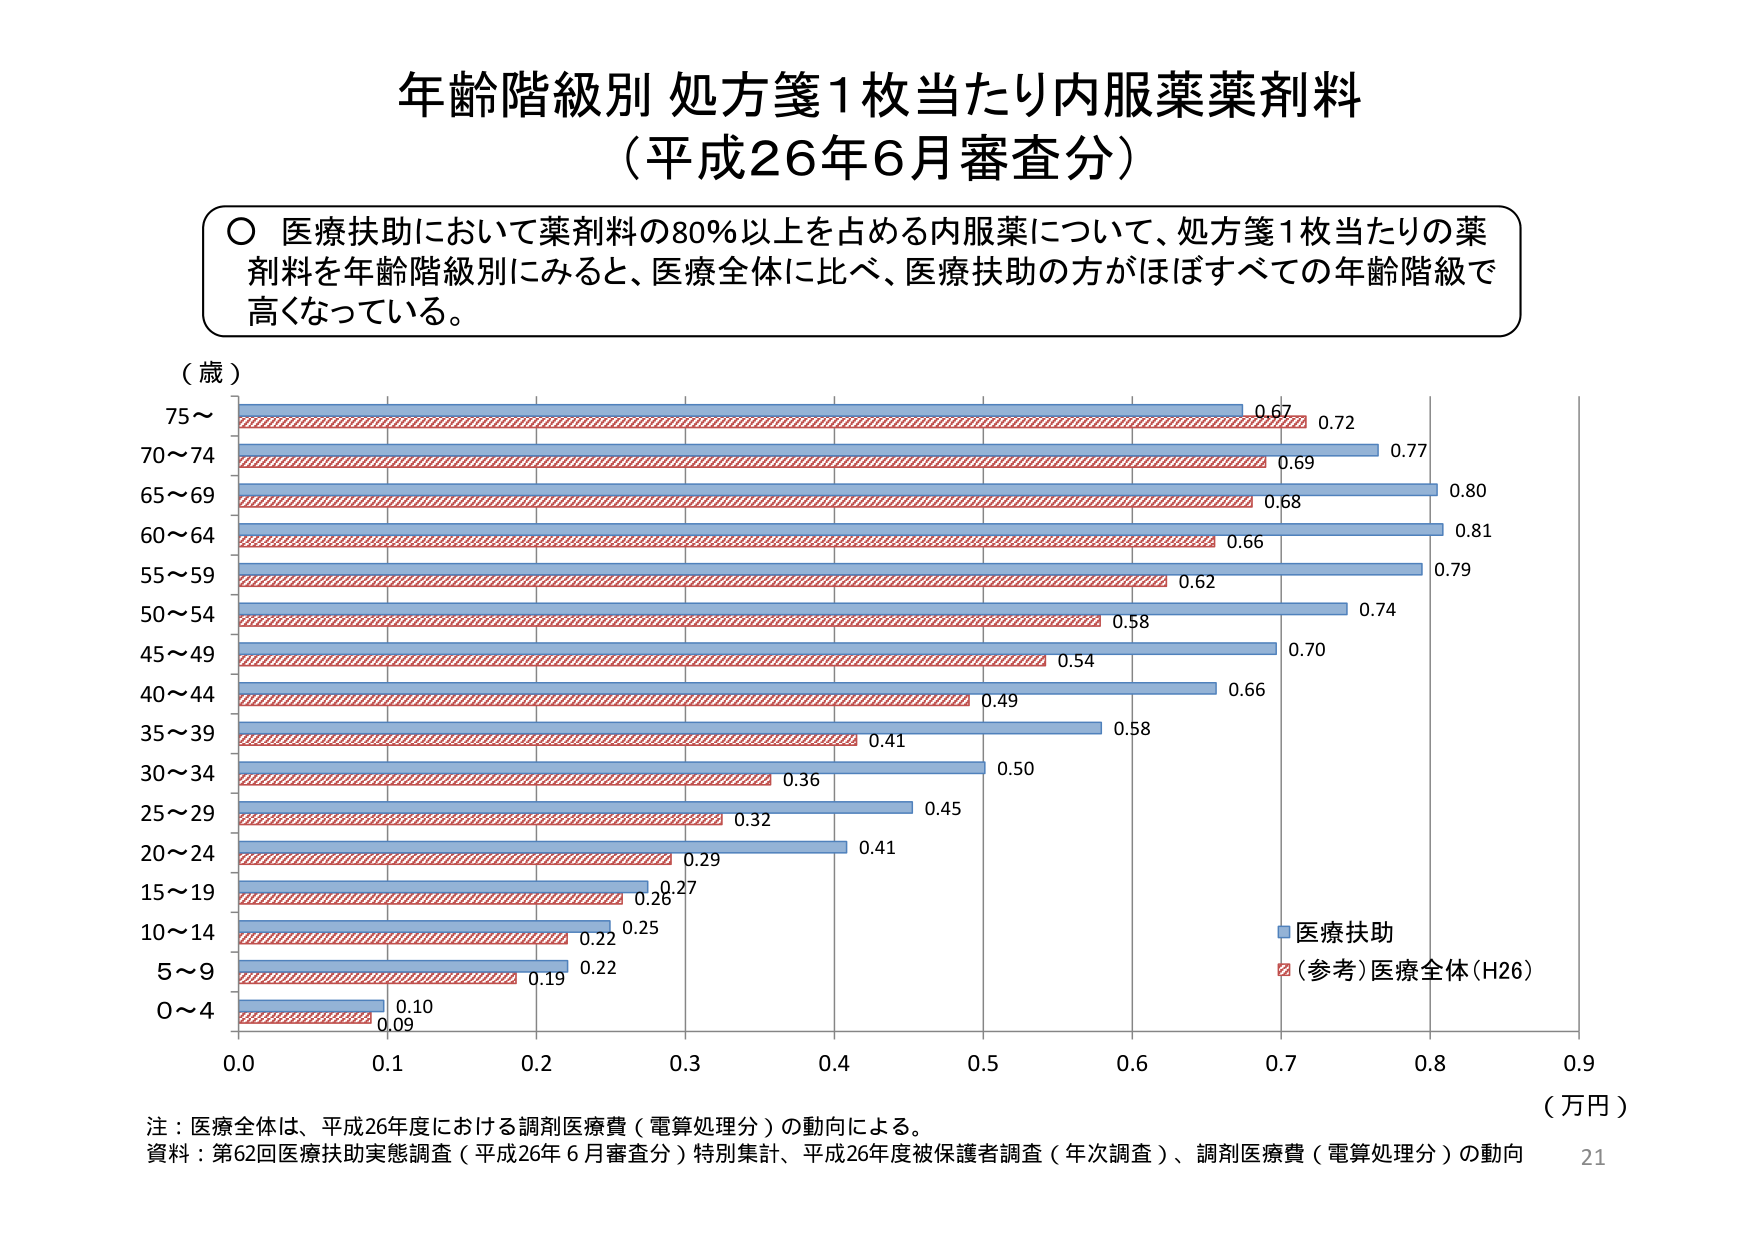
年齢階級別 処方箋1枚当たり内服薬薬剤料
（平成26年6月審査分）

○ 医療扶助において薬剤料の80％以上を占める内服薬について、処方箋1枚当たりの薬剤料を年齢階級別にみると、医療全体に比べ、医療扶助の方がほぼすべての年齢階級で高くなっている。

（歳）
75～
70～74
65～69
60～64
55～59
50～54
45～49
40～44
35～39
30～34
25～29
20～24
15～19
10～14
5～9
0～4

0.67 0.72
0.69 0.77
0.68 0.80
0.66 0.81
0.62 0.79
0.58 0.74
0.54 0.70
0.49 0.66
0.41 0.58
0.36 0.50
0.32 0.45
0.29 0.41
0.26 0.27
0.22 0.25
0.19 0.22
0.10 0.09

0.0 0.1 0.2 0.3 0.4 0.5 0.6 0.7 0.8 0.9
（万円）

■ 医療扶助
■ (参考)医療全体(H26)

注：医療全体は、平成26年度における調剤医療費（電算処理分）の動向による。
資料：第62回医療扶助実態調査（平成26年6月審査分）特別集計、平成26年度被保護者調査（年次調査）、調剤医療費（電算処理分）の動向
21